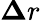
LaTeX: {\mathbf\Delta r}